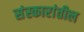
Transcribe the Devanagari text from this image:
संस्कारांतील